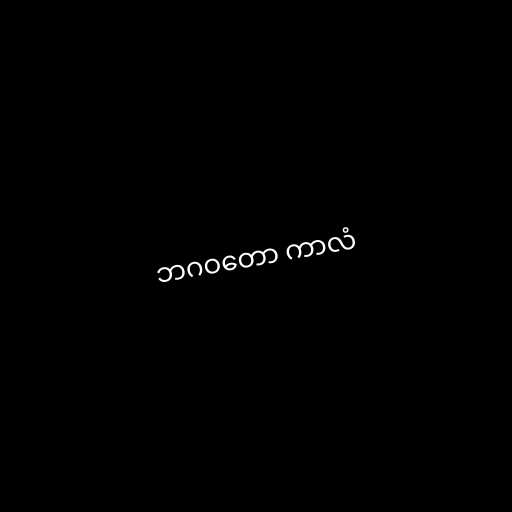
ဘဂဝတော ကာလံ